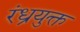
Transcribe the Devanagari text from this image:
रंध्रयुक्त